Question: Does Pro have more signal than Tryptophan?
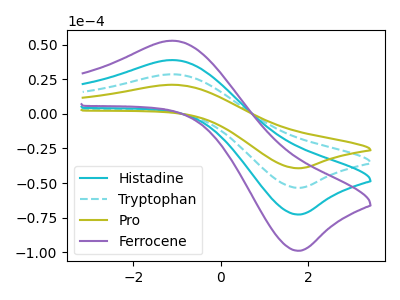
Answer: <think>The cyan curve "Histadine" has an anodic peak at (-1.10V, 57.10uA) and a cathodic peak at (1.75V, -106.95uA). The cyan dashed curve "Tryptophan" has an anodic peak at (-1.10V, 28.55uA) and a cathodic peak at (1.75V, -53.45uA). The olive curve "Pro" has an anodic peak at (-1.10V, 21.00uA) and a cathodic peak at (1.75V, -39.30uA). The purple curve "Ferrocene" has an anodic peak at (-1.10V, 85.65uA) and a cathodic peak at (1.75V, -160.40uA).
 All the peaks in "Pro" have a peak in "Tryptophan" at the same potential. Every peak in "Pro" is lower than every peak in "Tryptophan".</think>
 <answer>"Pro" has less signal than "Tryptophan".</answer>
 <eval>less_signal</eval>